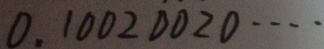
0 . 1 0 0 2 0 0 2 0 \cdots